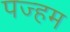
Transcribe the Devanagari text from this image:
पज्हम